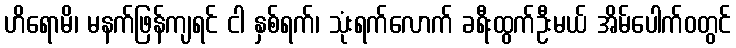
ဟိရောမိ၊ မနက်ဖြန်ကျရင် ငါ နှစ်ရက်၊ သုံးရက်လောက် ခရီးထွက်ဦးမယ် အိမ်ပေါက်ဝတွင်